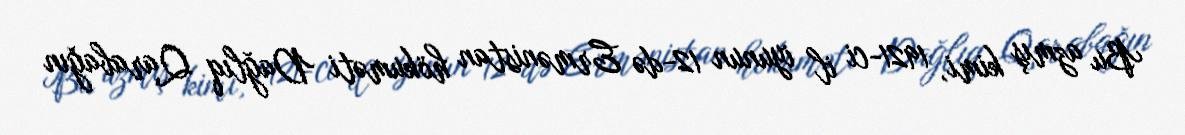
Bu azmış kimi, 1921-ci il iyunun 12-də Ermənistan hökuməti Dağlıq Qarabağın